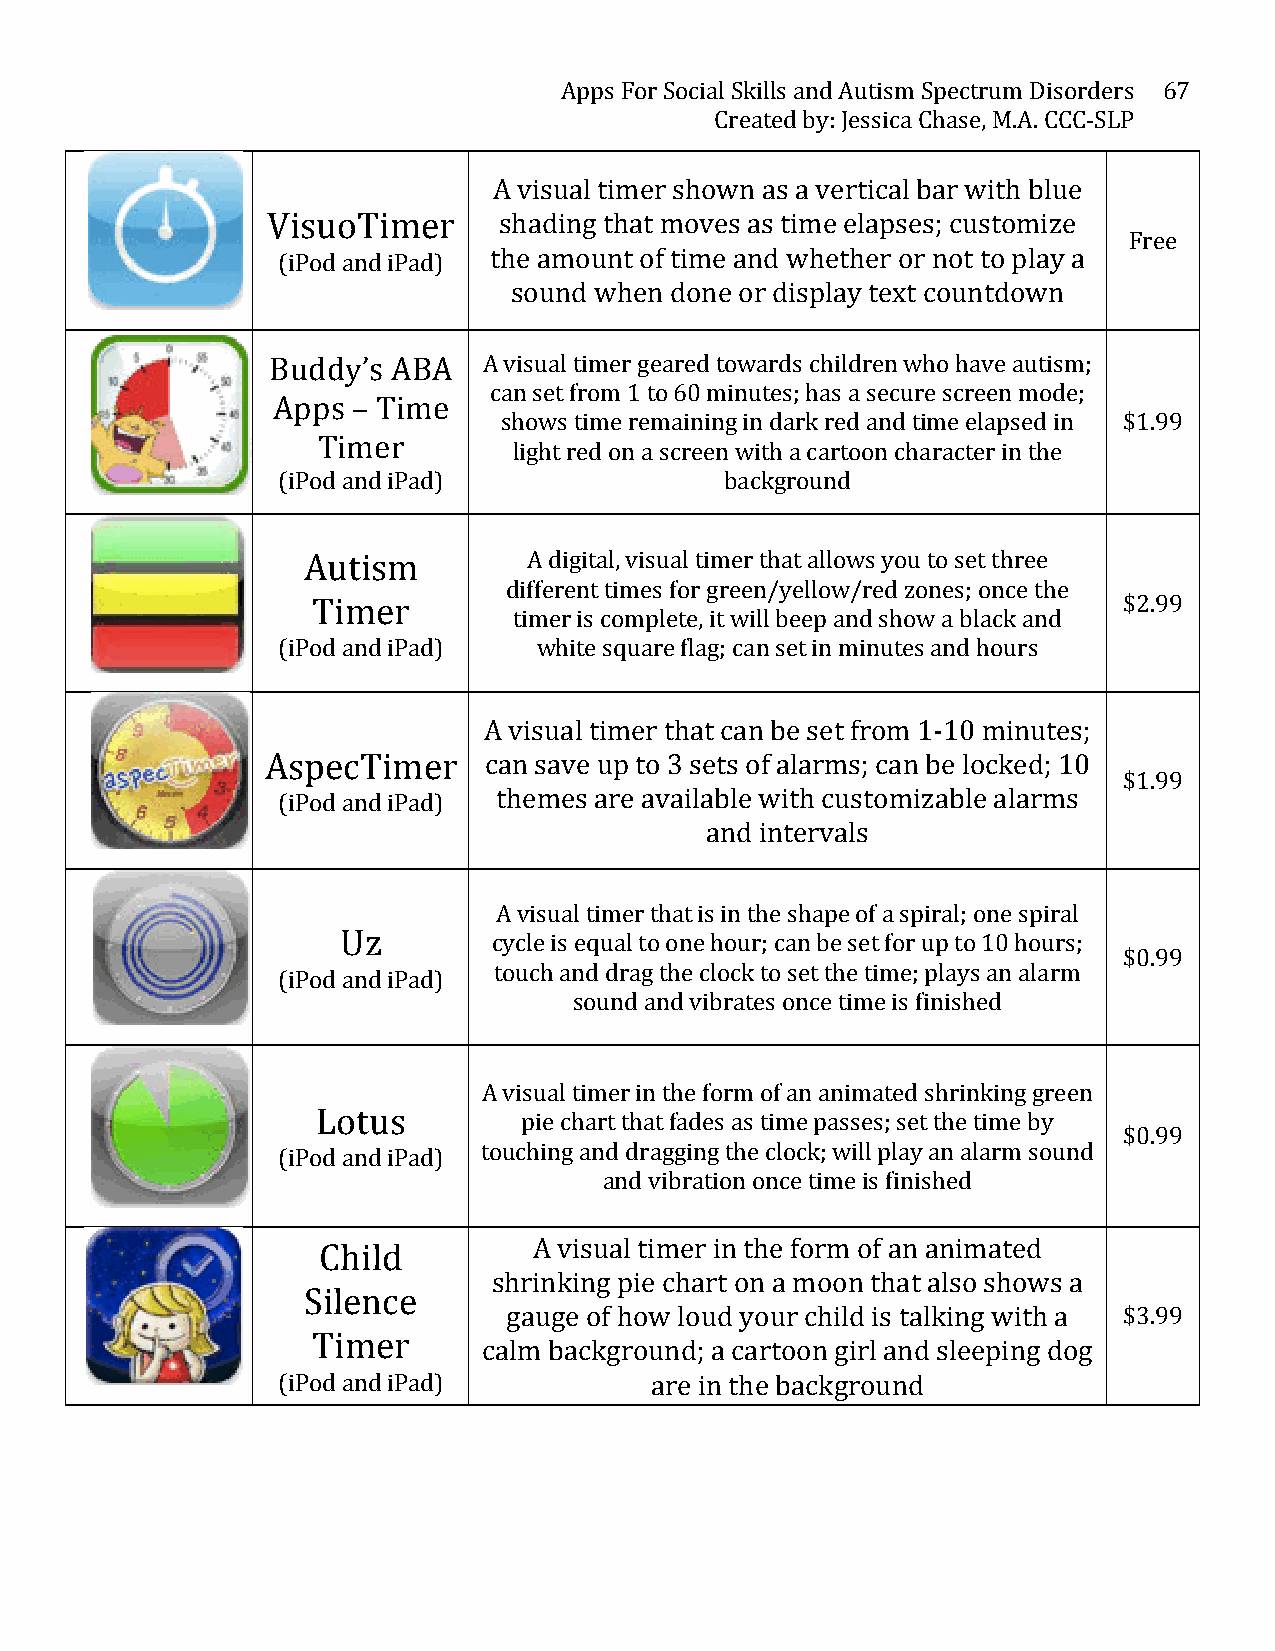
Apps For Social Skills and Autism Spectrum Disorders 67
 Created by: Jessica Chase, M.A. CCC-­‐SLP
 A visual timer shown as a vertical bar with blue
 VisuoTimer     shading that moves as time elapses; customize
 Free
 (iPod and iPad) the amount of time and whether or not to play a
 sound when done or display text countdown
 Buddy’s ABA   A visual timer geared towards children who have autism;
 can set from 1 to 60 minutes; has a secure screen mode;
 Apps – Time
 shows time remaining in dark red and time elapsed in $1.99
 Timer
 light red on a screen with a cartoon character in the
 (iPod and iPad)               background
 Autism         A digital, visual timer that allows you to set three
 different times for green/yellow/red zones; once the
 Timer                                                $2.99
 timer is complete, it will beep and show a black and
 (iPod and iPad)   white square flag; can set in minutes and hours
 A visual timer that can be set from 1-­‐10 minutes;
 AspecTimer    can save up to 3 sets of alarms; can be locked; 10
 $1.99
 (iPod and iPad) themes are available with customizable alarms
 and intervals
 A visual timer that is in the shape of a spiral; one spiral
 Uz        cycle is equal to one hour; can be set for up to 10 hours;
 $0.99
 touch and drag the clock to set the time; plays an alarm
 (iPod and iPad)
 sound and vibrates once time is finished
 A visual timer in the form of an animated shrinking green
 Lotus         pie chart that fades as time passes; set the time by
 $0.99
 touching and dragging the clock; will play an alarm sound
 (iPod and iPad)
 and vibration once time is finished
 Child         A visual timer in the form of an animated
 shrinking pie chart on a moon that also shows a
 Silence
 gauge of how loud your child is talking with a $3.99
 Timer
 calm background; a cartoon girl and sleeping dog
 (iPod and iPad)          are in the background